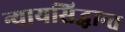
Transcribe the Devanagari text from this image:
न्यायसिद्धान्त